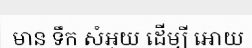
មាន ទឹក សំអុយ ដើម្បី អោយ